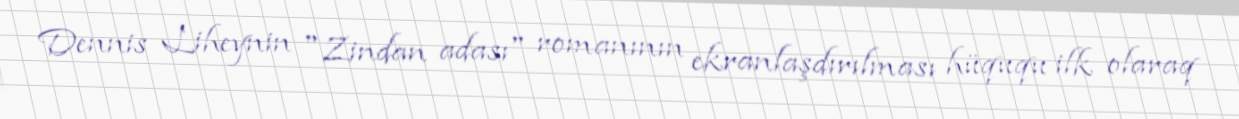
Dennis Liheynin "Zindan adası" romanının ekranlaşdırılması hüququ ilk olaraq